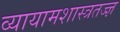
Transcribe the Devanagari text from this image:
व्यायामशास्त्रतज्ज्ञ